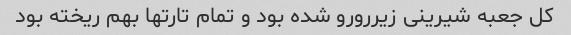
کل جعبه شیرینی زیررورو شده بود و تمام تارتها بهم ریخته بود